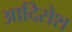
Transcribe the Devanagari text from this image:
आदिसेश